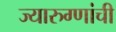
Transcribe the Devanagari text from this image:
ज्यारुग्णांची